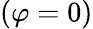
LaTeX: (\varphi=0)